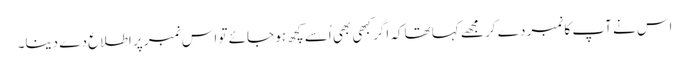
اس نے آپ کا نمبر دے کر مجھے کہا تھاکہ اگر کبھی بھی اُسے کچھ ہو جائے تو اس نمبر پر اطلاع دے دینا۔